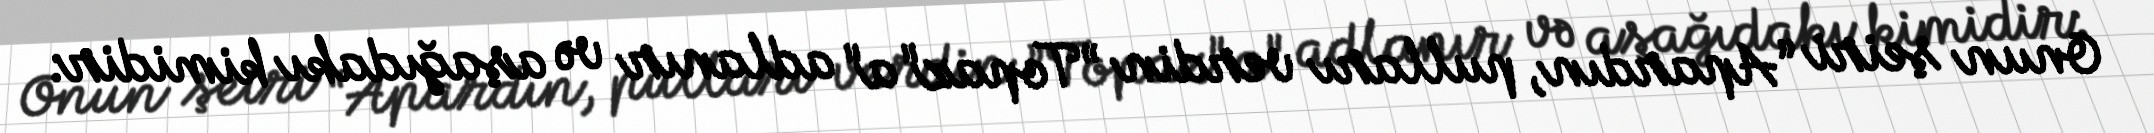
Onun şeiri “Apardın, pulları verdin ”Topaz"a" adlanır və aşağıdakı kimidir: